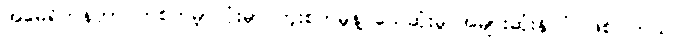
အမေရိကန်ဟာ တစ်ကမ္ဘာလုံးမှာ ကူးစက်မှုနဲ့ သေဆုံးမှု အများဆုံးနိုင်ငံ ဖြစ်ပါတယ်။